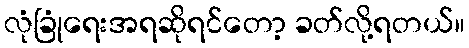
လုံခြုံရေးအရဆိုရင်တော့ ခတ်လို့ရတယ်။